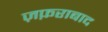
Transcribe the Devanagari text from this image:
ज़फ़राबाद